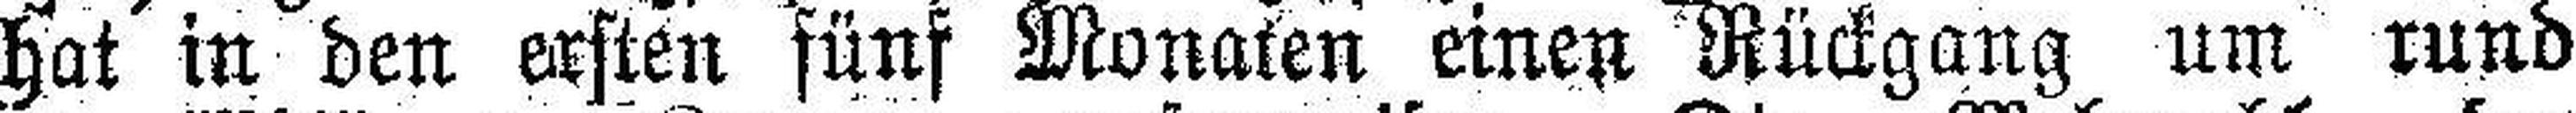
hat in den ersten fünf Monaten einen Rückgang um rund